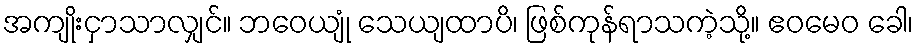
အကျိုးငှာသာလျှင်။ ဘဝေယျုံ သေယျထာပိ၊ ဖြစ်ကုန်ရာသကဲ့သို့။ ဧဝမေဝ ခေါ၊